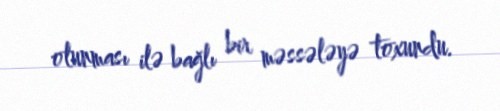
olunması ilə bağlı bir məssələyə toxundu.